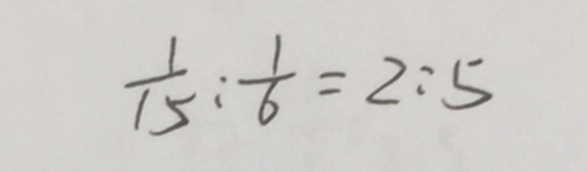
\frac { 1 } { 1 5 } : \frac { 1 } { 6 } = 2 : 5